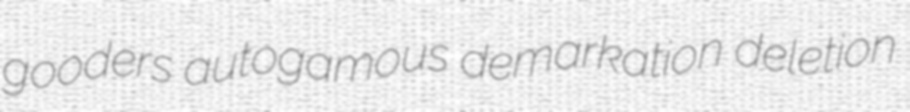
gooders autogamous demarkation deletion